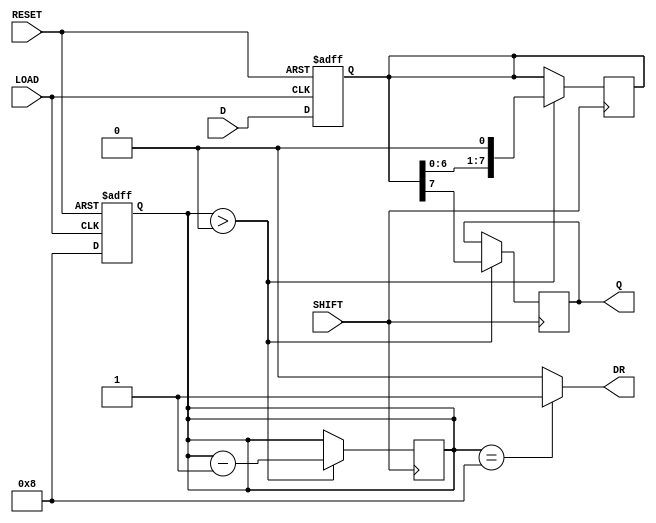
module async_piso_register #(
    parameter WIDTH = 8 // Define the width of the PISO register
)(
    input wire [WIDTH-1:0] D,    // Parallel data input
    input wire LOAD,              // Load control signal
    input wire SHIFT,             // Shift control signal
    input wire RESET,             // Asynchronous reset signal
    output reg Q,                 // Serial output
    output reg DR                 // Data ready signal
);

    // Internal storage for the parallel data
    reg [WIDTH-1:0] shift_reg;
    reg [3:0] bit_count; // To track the number of bits shifted out

    always @* begin
        // Data Ready: high when all data is loaded and ready to shift out
        DR = (bit_count == WIDTH) ? 1'b1 : 1'b0;
    end

    // Asynchronous Reset and Load
    always @(posedge LOAD or posedge RESET) begin
        if (RESET) begin
            shift_reg <= 0; // Clear the register
            bit_count <= 0; // Reset bit count
        end else begin
            shift_reg <= D; // Load the data into the register
            bit_count <= WIDTH; // Set bit count to width
        end
    end

    // Shifting data out asynchronously on SHIFT signal
    always @(posedge SHIFT) begin
        if (bit_count > 0) begin
            Q <= shift_reg[WIDTH-1]; // Output the MSB
            shift_reg <= {shift_reg[WIDTH-2:0], 1'b0}; // Shift left
            bit_count <= bit_count - 1; // Decrement bit count
        end
    end

endmodule